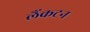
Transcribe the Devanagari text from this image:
लैंकटन